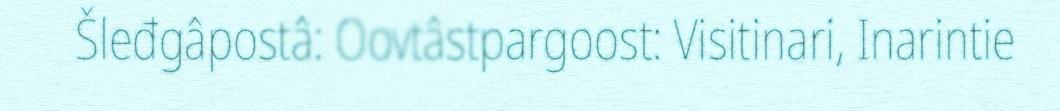
Šleđgâpostâ: Oovtâstpargoost: Visitinari, Inarintie